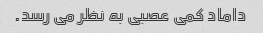
داماد کمی عصبی به نظر می رسد.